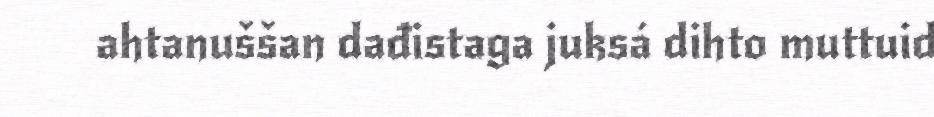
ahtanuššan dađistaga juksá dihto muttuid